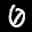
Label: 0